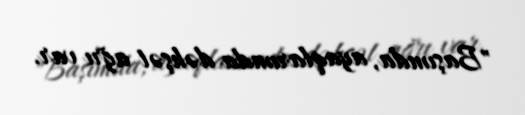
"Başımda, ayaqlarımda dəhşət ağrı var.